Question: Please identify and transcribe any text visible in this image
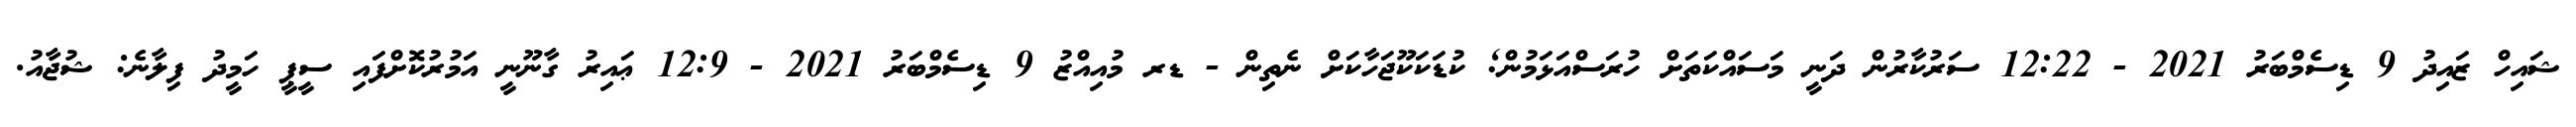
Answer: ޝައިހް ޒައިދު 9 ޑިސެމްބަރު 2021 - 12:22 ސަރުކާރުން ދަނީ މަސައްކަތަށް ހުރަސްއަޅަމުން; ކުޑަކަކޫޖަހާކަށް ނެތިން - ޑރ މުއިއްޒު 9 ޑިސެމްބަރު 2021 - 12:9 ޢައިރު ގާނޫނީ އަމުރުކޮށްފައި ސީޕީ ހަމީދު ފިލާނެ: ޝުޖާއު.